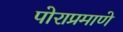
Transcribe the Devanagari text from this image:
पोराप्रमाणे